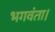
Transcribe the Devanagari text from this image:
भगवंता।